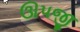
ઊપજી